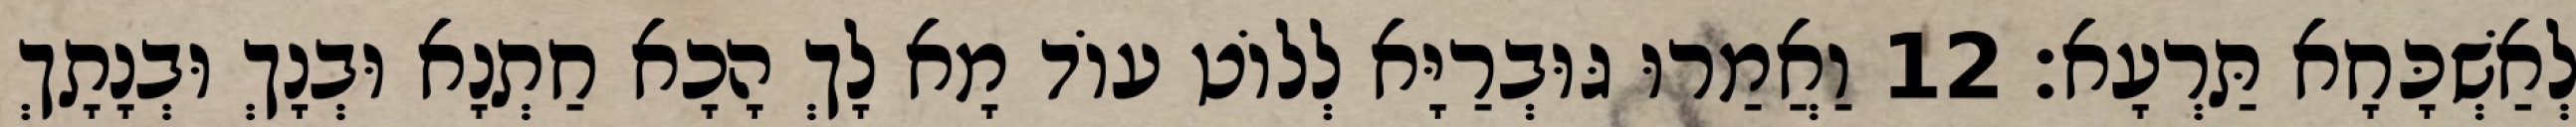
לְאַשְׁכָּחָא תַּרְעָא׃ 12 וַאֲמַרוּ גּוּבְרַיָּא לְלוֹט עוֹד מָא לָךְ הָכָא חַתְנָא וּבְנָךְ וּבְנָתָךְ